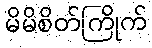
မိမိစိတ်ကြိုက်